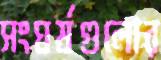
সংঘর্ষগুলোর